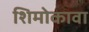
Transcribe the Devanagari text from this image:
शिमोकावा